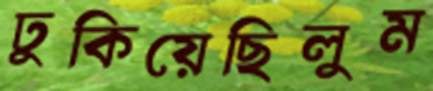
ঢুকিয়েছিলুম